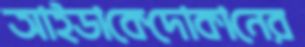
আইডাকেদোকানের